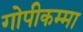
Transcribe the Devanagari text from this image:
गोपीकम्मा